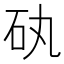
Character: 𥐠